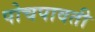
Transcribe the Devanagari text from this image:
पोचपावती